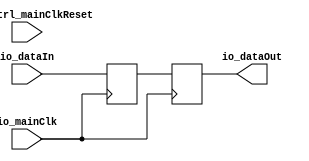
module BufferCC_1_ (
      input   io_dataIn,
      output  io_dataOut,
      input   io_mainClk,
      input   resetCtrl_mainClkReset);
  reg  buffers_0;
  reg  buffers_1;
  assign io_dataOut = buffers_1;
  always @ (posedge io_mainClk) begin
    buffers_0 <= io_dataIn;
    buffers_1 <= buffers_0;
  end
endmodule